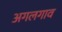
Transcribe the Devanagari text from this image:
अगलगाव